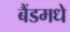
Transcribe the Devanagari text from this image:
बैंडमधे